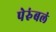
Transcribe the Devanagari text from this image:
पेरुंबलं